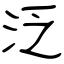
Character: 泛